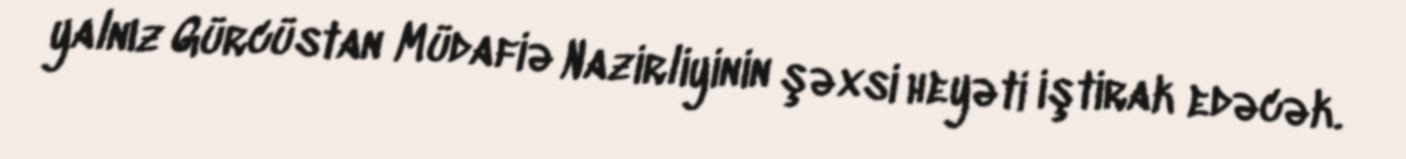
yalnız Gürcüstan Müdafiə Nazirliyinin şəxsi heyəti iştirak edəcək.